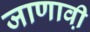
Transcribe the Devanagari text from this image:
जाणावी़